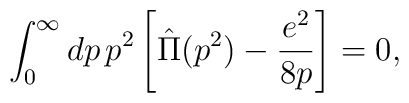
\int_0^\infty dp \, p^2 \left[\hat{\Pi}(p^2) - \frac{e^2}{8p}\right] = 0,